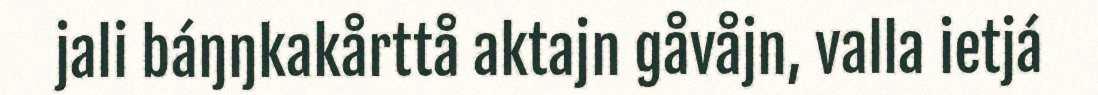
jali báŋŋkakårttå aktajn gåvåjn, valla ietjá